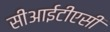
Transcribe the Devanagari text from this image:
सीआईटीएसी